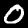
Digit: 0